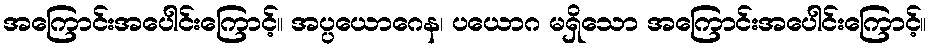
အကြောင်းအပေါင်းကြောင့်။ အပ္ပယောဂေန၊ ပယောဂ မရှိသော အကြောင်းအပေါင်းကြောင့်။